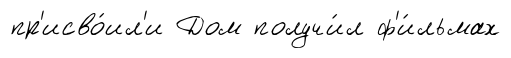
пр'исво́ил'и Дом получи́л ф'и́льмах